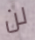
لن